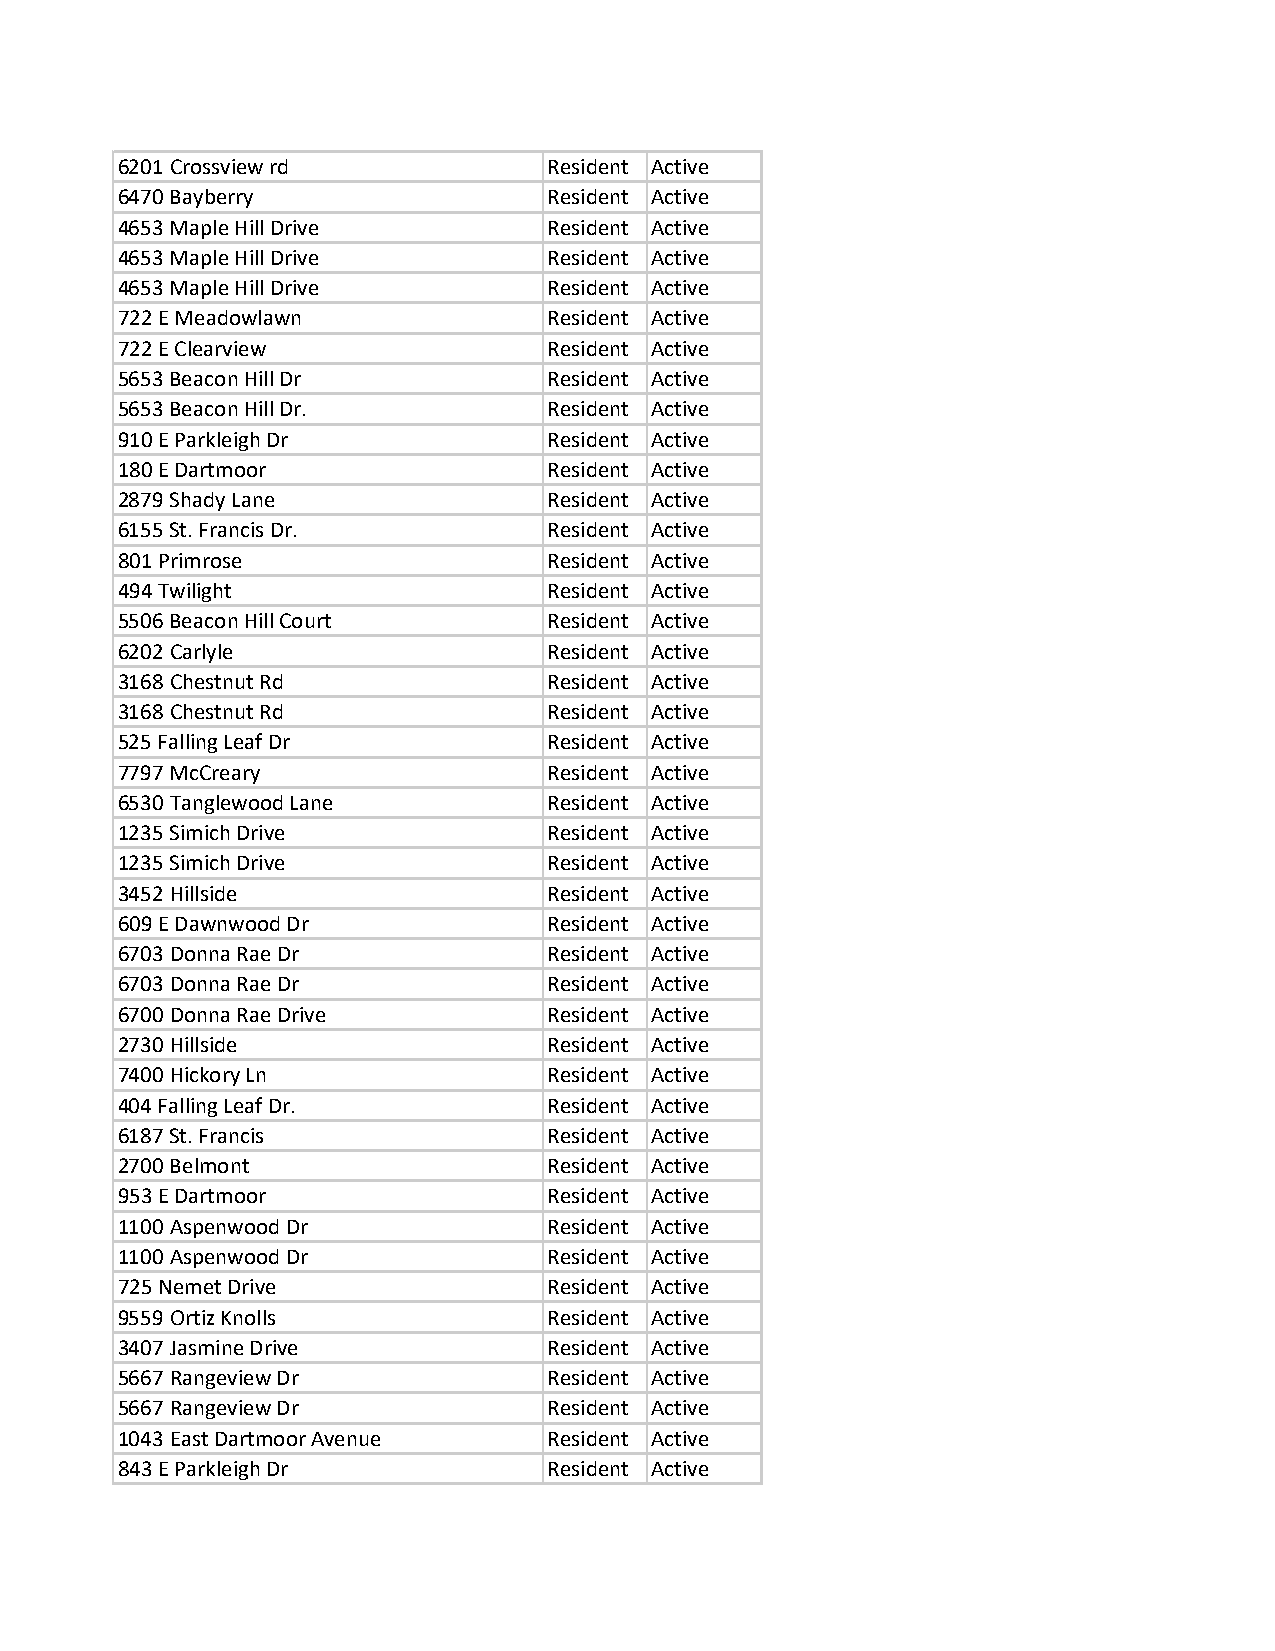
6201 Crossview rd           Resident Active
 6470 Bayberry               Resident Active
 4653 Maple Hill Drive       Resident Active
 4653 Maple Hill Drive       Resident Active
 4653 Maple Hill Drive       Resident Active
 722 E Meadowlawn            Resident Active
 722 E Clearview             Resident Active
 5653 Beacon Hill Dr         Resident Active
 5653 Beacon Hill Dr.        Resident Active
 910 E Parkleigh Dr          Resident Active
 180 E Dartmoor              Resident Active
 2879 Shady Lane             Resident Active
 6155 St. Francis Dr.        Resident Active
 801 Primrose                Resident Active
 494 Twilight                Resident Active
 5506 Beacon Hill Court      Resident Active
 6202 Carlyle                Resident Active
 3168 Chestnut Rd            Resident Active
 3168 Chestnut Rd            Resident Active
 525 Falling Leaf Dr         Resident Active
 7797 McCreary               Resident Active
 6530 Tanglewood Lane        Resident Active
 1235 Simich Drive           Resident Active
 1235 Simich Drive           Resident Active
 3452 Hillside               Resident Active
 609 E Dawnwood Dr           Resident Active
 6703 Donna Rae Dr           Resident Active
 6703 Donna Rae Dr           Resident Active
 6700 Donna Rae Drive        Resident Active
 2730 Hillside               Resident Active
 7400 Hickory Ln             Resident Active
 404 Falling Leaf Dr.        Resident Active
 6187 St. Francis            Resident Active
 2700 Belmont                Resident Active
 953 E Dartmoor              Resident Active
 1100 Aspenwood Dr           Resident Active
 1100 Aspenwood Dr           Resident Active
 725 Nemet Drive             Resident Active
 9559 Ortiz Knolls           Resident Active
 3407 Jasmine Drive          Resident Active
 5667 Rangeview Dr           Resident Active
 5667 Rangeview Dr           Resident Active
 1043 East Dartmoor Avenue   Resident Active
 843 E Parkleigh Dr          Resident Active